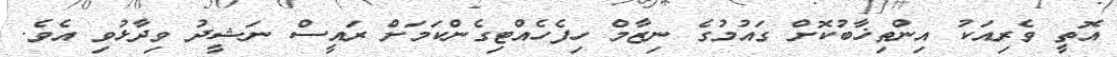
އޮތީ ވެރިއަކު އިންތިޚާބުކޮށް ގައުމުގެ ނިޒާމް ހިފެހެއްޓިގެންކަމަށް ރައީސް ނަޝީދު ވިދާޅުވި އެވެ.